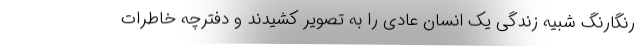
رنگارنگ شبیه زندگی یک انسان عادی را به تصویر کشیدند و دفترچه خاطرات